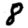
Digit: 8